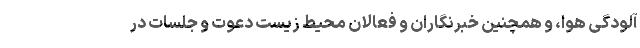
آلودگی هوا، و همچنین خبرنگاران و فعالان محیط زیست دعوت و جلسات در